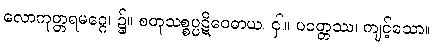
လောကုတ္တရမဂ္ဂေ၊ ၌။ စတုသစ္စပ္ပဋိဝေဓာယ၊ ငှါ။ ပဝတ္တဿ၊ ကျင့်သော။